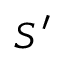
S ^ { \prime }